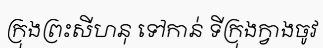
ក្រុងព្រះសីហនុ ទៅកាន់ ទីក្រុងក្វាងចូវ